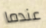
عندما